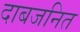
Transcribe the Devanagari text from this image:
दाबजनित